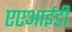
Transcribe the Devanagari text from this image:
एएआईडी